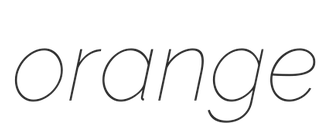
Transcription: orange